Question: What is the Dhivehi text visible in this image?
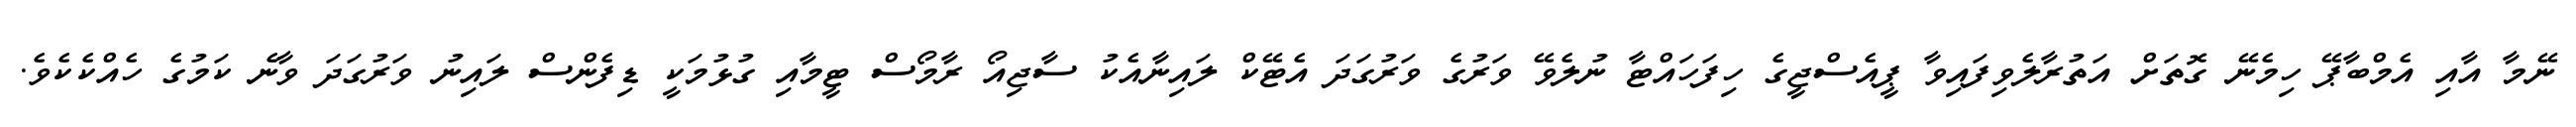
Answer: ނޭމާ އާއި އެމްބާޕޭ ހިމެނޭ ގޮތަށް އަތުރާލެވިފައިވާ ޕީއެސްޖީގެ ހިފަހައްޓާ ނުލެވޭ ވަރުގެ ވަރުގަދަ އެޓޭކް ލައިނާއެކު ސާޖިއޯ ރާމޯސް ޓީމާއި ގުޅުމަކީ ޑިފެންސް ލައިނު ވަރުގަދަ ވާނެ ކަމުގެ ހެއްކެކެވެ.